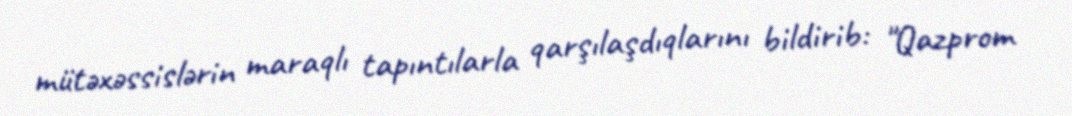
mütəxəssislərin maraqlı tapıntılarla qarşılaşdıqlarını bildirib: "Qazprom